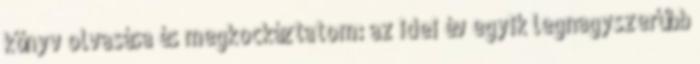
könyv olvasása és megkockáztatom: az idei év egyik legnagyszerűbb